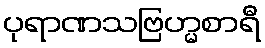
ပုရာဏသဗြဟ္မစာရီ